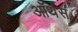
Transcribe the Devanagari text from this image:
ऑर्थस